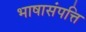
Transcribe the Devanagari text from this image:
भाषासंपत्ति